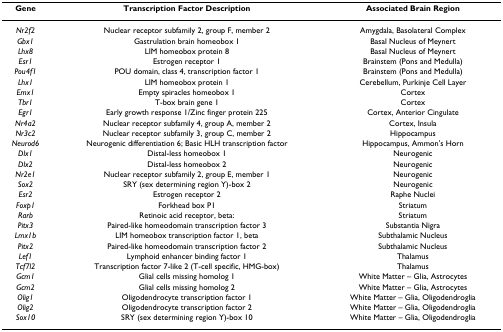
<table><thead><tr><td><b>Gene</b></td><td><b>Transcription Factor Description</b></td><td><b>Associated Brain Region</b></td></tr></thead><tbody><tr><td><i>Nr2f2</i></td><td>Nuclear receptor subfamily 2, group F, member 2</td><td>Amygdala, Basolateral Complex</td></tr><tr><td><i>Gbx1</i></td><td>Gastrulation brain homeobox 1</td><td>Basal Nucleus of Meynert</td></tr><tr><td><i>Lhx8</i></td><td>LIM homeobox protein 8</td><td>Basal Nucleus of Meynert</td></tr><tr><td><i>Esr1</i></td><td>Estrogen receptor 1</td><td>Brainstem (Pons and Medulla)</td></tr><tr><td><i>Pou4f1</i></td><td>POU domain, class 4, transcription factor 1</td><td>Brainstem (Pons and Medulla)</td></tr><tr><td><i>Lhx1</i></td><td>LIM homeobox protein 1</td><td>Cerebellum, Purkinje Cell Layer</td></tr><tr><td><i>Emx1</i></td><td>Empty spiracles homeobox 1</td><td>Cortex</td></tr><tr><td><i>Tbr1</i></td><td>T-box brain gene 1</td><td>Cortex</td></tr><tr><td><i>Egr1</i></td><td>Early growth response 1/Zinc finger protein 225</td><td>Cortex, Anterior Cingulate</td></tr><tr><td><i>Nr4a2</i></td><td>Nuclear receptor subfamily 4, group A, member 2</td><td>Cortex, Insula</td></tr><tr><td><i>Nr3c2</i></td><td>Nuclear receptor subfamily 3, group C, member 2</td><td>Hippocampus</td></tr><tr><td><i>Neurod6</i></td><td>Neurogenic differentiation 6; Basic HLH transcription factor</td><td>Hippocampus, Ammon&#x27;s Horn</td></tr><tr><td><i>Dlx1</i></td><td>Distal-less homeobox 1</td><td>Neurogenic</td></tr><tr><td><i>Dlx2</i></td><td>Distal-less homeobox 2</td><td>Neurogenic</td></tr><tr><td><i>Nr2e1</i></td><td>Nuclear receptor subfamily 2, group E, member 1</td><td>Neurogenic</td></tr><tr><td><i>Sox2</i></td><td>SRY (sex determining region Y)-box 2</td><td>Neurogenic</td></tr><tr><td><i>Esr2</i></td><td>Estrogen receptor 2</td><td>Raphe Nuclei</td></tr><tr><td><i>Foxp1</i></td><td>Forkhead box P1</td><td>Striatum</td></tr><tr><td><i>Rarb</i></td><td>Retinoic acid receptor, beta:</td><td>Striatum</td></tr><tr><td><i>Pitx3</i></td><td>Paired-like homeodomain transcription factor 3</td><td>Substantia Nigra</td></tr><tr><td><i>Lmx1b</i></td><td>LIM homeobox transcription factor 1, beta</td><td>Subthalamic Nucleus</td></tr><tr><td><i>Pitx2</i></td><td>Paired-like homeodomain transcription factor 2</td><td>Subthalamic Nucleus</td></tr><tr><td><i>Lef1</i></td><td>Lymphoid enhancer binding factor 1</td><td>Thalamus</td></tr><tr><td><i>Tcf7l2</i></td><td>Transcription factor 7-like 2 (T-cell specific, HMG-box)</td><td>Thalamus</td></tr><tr><td><i>Gcm1</i></td><td>Glial cells missing homolog 1</td><td>White Matter – Glia, Astrocytes</td></tr><tr><td><i>Gcm2</i></td><td>Glial cells missing homolog 2</td><td>White Matter – Glia, Astrocytes</td></tr><tr><td><i>Olig1</i></td><td>Oligodendrocyte transcription factor 1</td><td>White Matter – Glia, Oligodendroglia</td></tr><tr><td><i>Olig2</i></td><td>Oligodendrocyte transcription factor 2</td><td>White Matter – Glia, Oligodendroglia</td></tr><tr><td><i>Sox10</i></td><td>SRY (sex determining region Y)-box 10</td><td>White Matter – Glia, Oligodendroglia</td></tr></tbody></table>